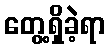
တွေ့ရှိခဲ့ရာ